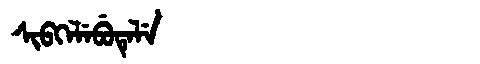
Manchu: ᠰᡳᠪᡴᡝᠯᡝᠪᡠᡨᡝᠯᡝ
Romanization: SIBKELEBUTELE